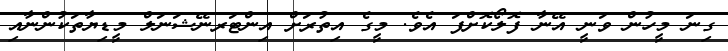
ގިނަ މީހުން ވަނީ އޭނާ ފޮލޯކޮށްފަ އެވެ. މީގެ އިތުރަށް އިންޓަރނޭޝަނަލް މީޑިޔާތަކުންނާއި